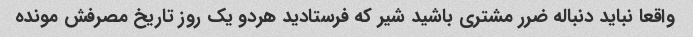
واقعا نباید دنباله ضرر مشتری باشید شیر که فرستادید هردو یک روز تاریخ مصرفش مونده